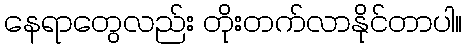
နေရာတွေလည်း တိုးတက်လာနိုင်တာပါ။